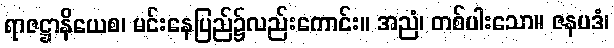
ရာဇဋ္ဌာနိယေစ၊ မင်းနေပြည်၌လည်းကောင်း။ အညံ၊ တစ်ပါးသော။ ဇနပဒံ၊